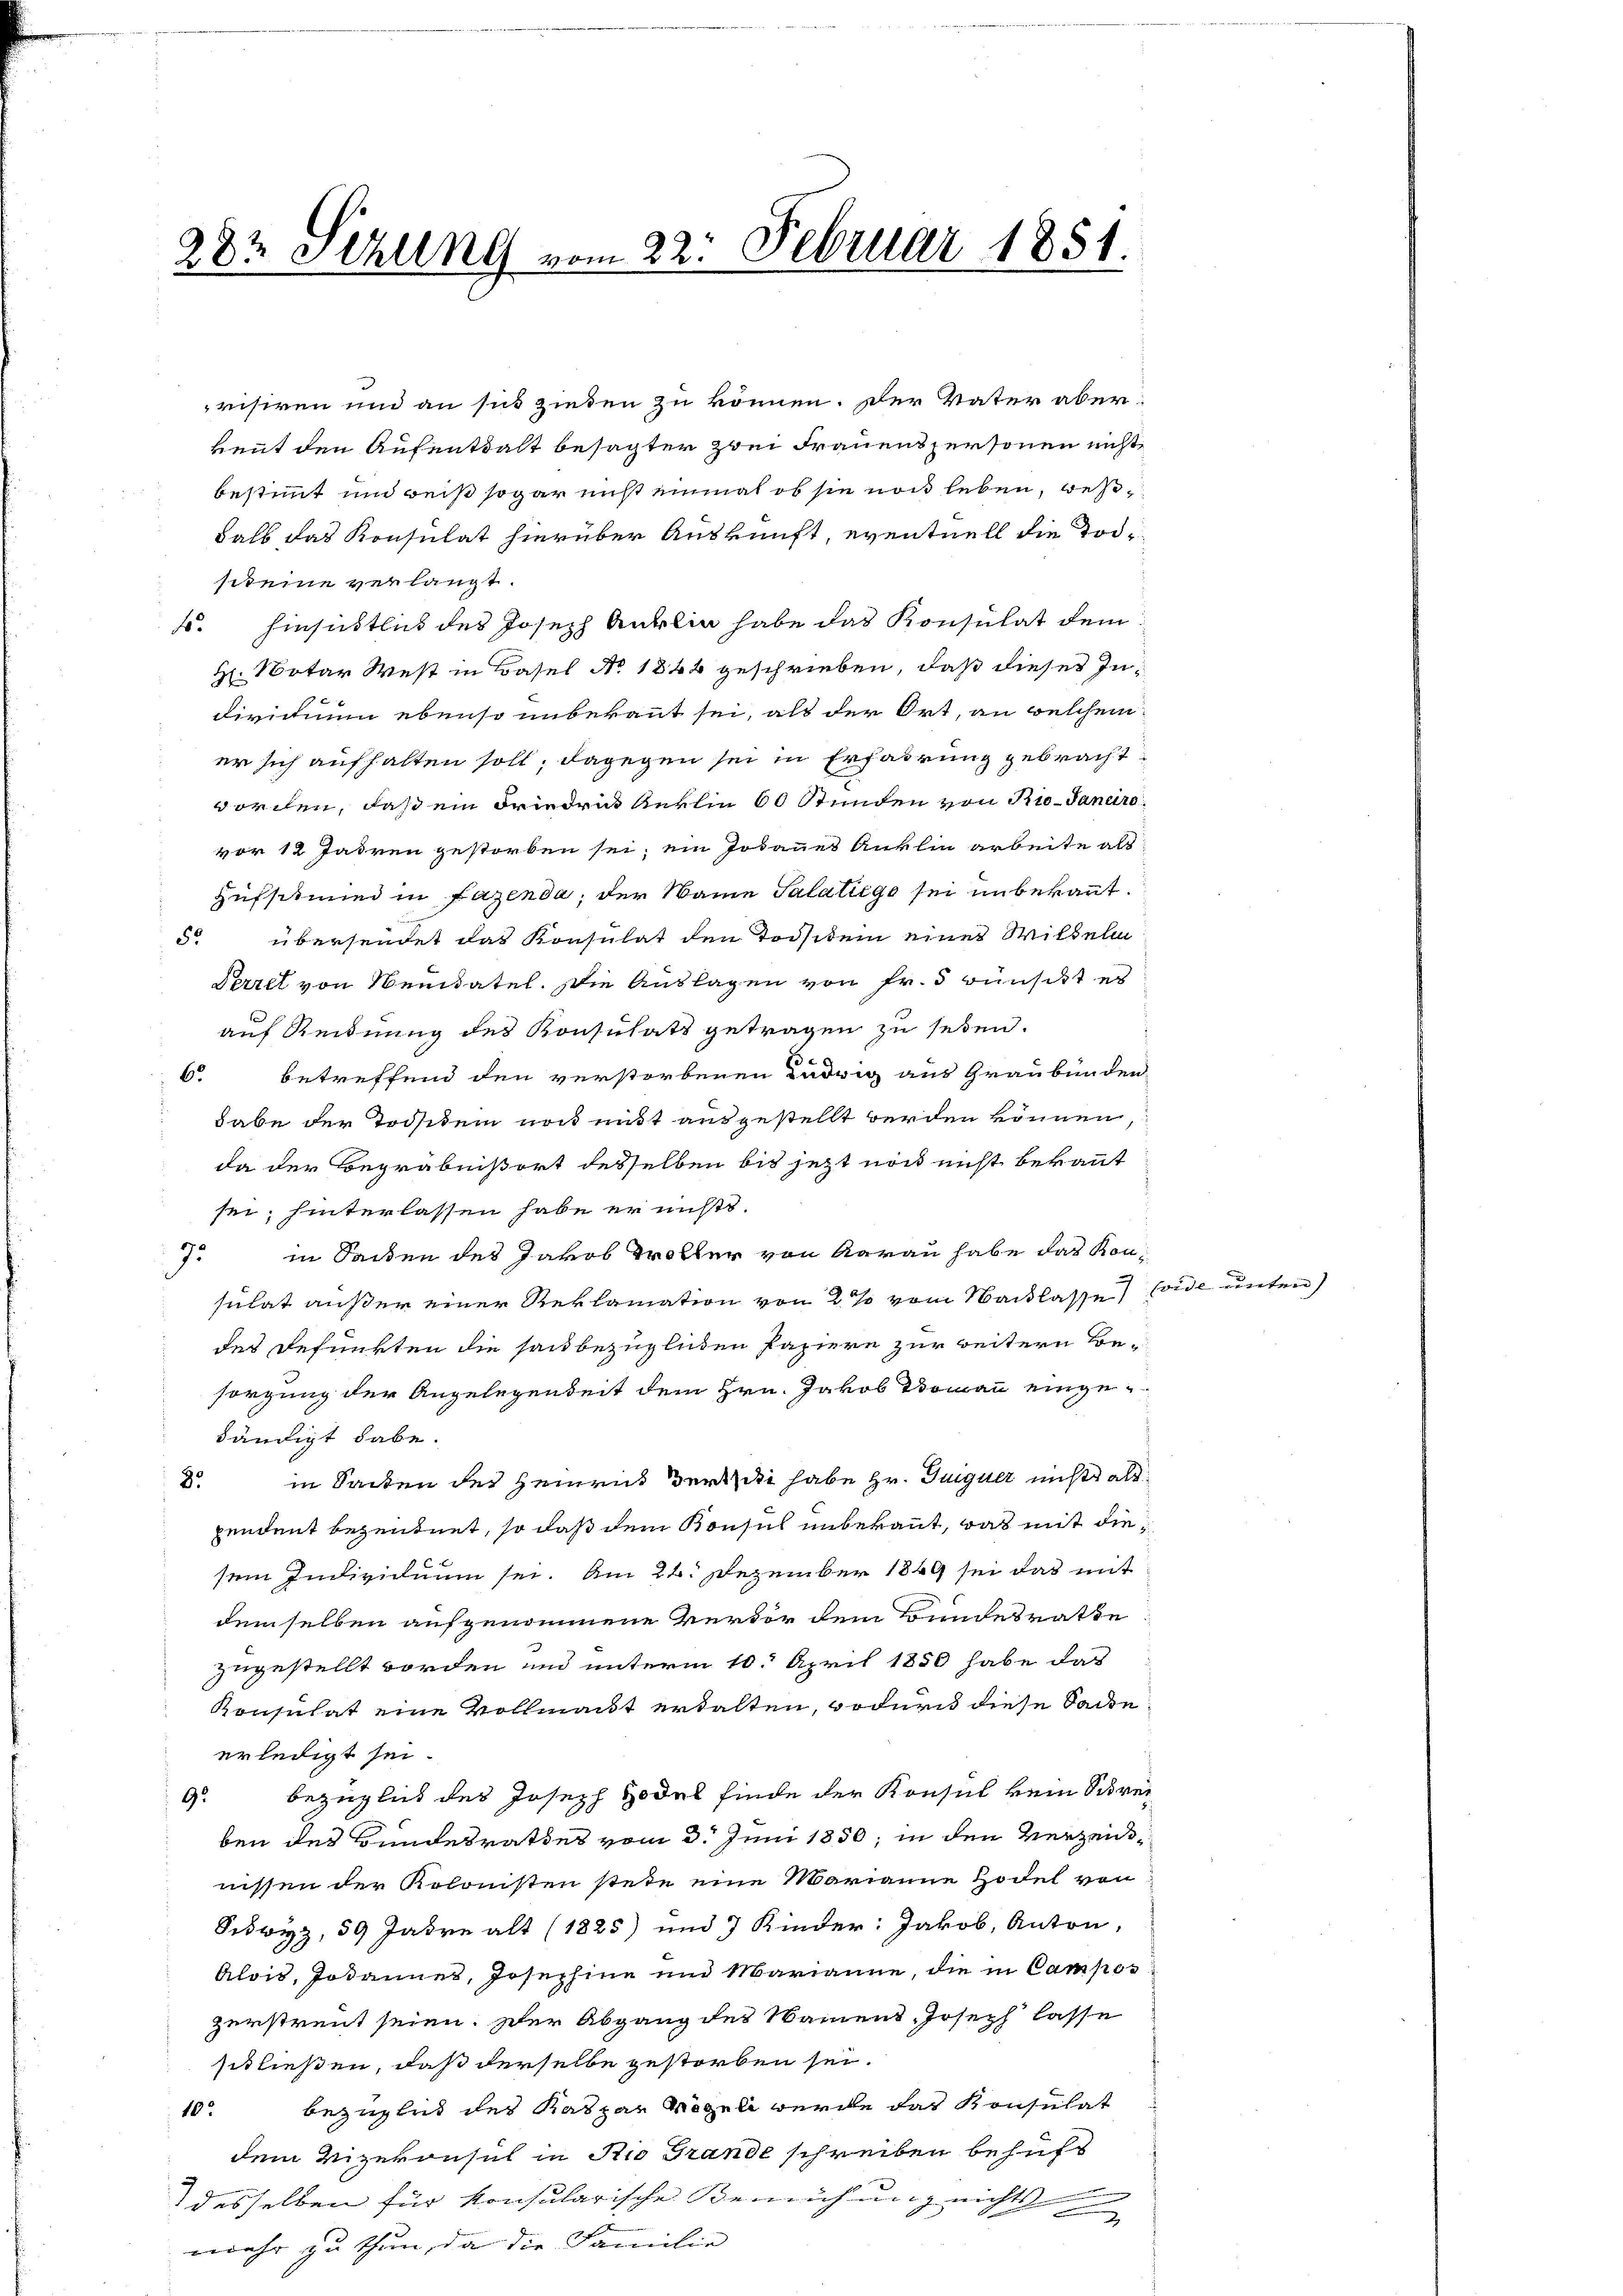
282 Setzung vom 22. Februar 1851.

visiren und an sich zieden zu können. Der Vater aberkennt den Aufenthalt besagter zwei Frauenspersonen nicht
bestimmt und weiß sogar nicht einmal ob sie noch leben, beshalb das Konsulat hierüber Auskunft, eventuell die Todsteine verlangt.
4. Einsichtlich des Joseph Anklin habe das Konsulat dem
H. Notar West in Basel No 1844 geschrieben, daß dieses Indivitium ebenso unbekannt sei, als der Ort, an welchem
er sich aufhalten soll; dagegen sei in Erfadrung gebracht,
dorchen, daß ein Friedruk beklin 60 Stunden von Rio-Janeiro
vor 12 Jahren gestorben sei; ein Jodannes Anklin arbeite als
Hüfsitum in Fazenda, der Name Salatiege sei unbekannt.
5 übersendet das Konsulat den Todsiden eines Wilhelm
Perzel von Mandatel. Die Auslagen von Fr. 3 wünscht es
auf Reidnung des Konsulats getragen zu seien.
6 betreffend den verstorbenen Ladrig aus Graubünden-
habe der Todten noch mit ausgestellt werden können,
da der Begräbnißort desselben bis jetzt noch nicht bekannt
sei; hinterlassen habe er nichts.
7. in Sachen des Jakob Troller von Aarau habe das Kon-
sulat außer einer Reklamation von 2 % vom Nacklasse
des Refunkten die sau bezüglichen Papiere zur weitern Besorgung der Angelegenheit dem Hrn. Jakob Domann eingebändigt habe.
2 in Sacken der Heinrich derseite habe Hr. Guiguer nichts als
pendent bezeugnet, so daß dem Konsul unbekannt, was mit diesem Individuum sei. Am 24. Dezember 1849 sei das mit
demselben aufgenommene Vervor dem Bundesrathe
zugestellt worden und unterm 10. April 1850 habe das
Konsulat eine Vollmacht erhalten, wodurch diese Sache
erledigt sei.
9. Bezüglich des Joseph Hodel finde der Konsul kein Schrei
ben des Bundesrathes vom 3. Juni 1850; in den Verzeichnissen der Kolonisten stehe eine Marianne Hodel von
Sckwyz, 59 Jahre alt (1825) und 7 Kinder: Jakob, Anton,
Alois, sodannes, Josephine und Marianne, die in Campos
zerstreut seien. Der Abgang des Namens Joseph lasse
schließen, daß derselbe gestorben sei.
10 bezüglich der Kaspar Mögeli wurde das Konsulat
dem Vizekonsul in Rio Grande schreiben behufs
desselben für konsularische Bemühung nicht
mehr zu thun, da die Familie

vide unter